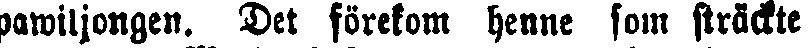
pawiljongen. Det förekom henne som sträckte